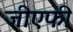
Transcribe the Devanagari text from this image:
जीएफी